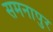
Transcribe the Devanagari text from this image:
समनापुर